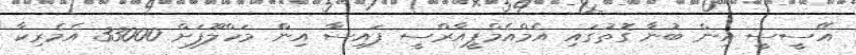
އޭސީސީ އިން ބުނާ ގޮތުގައި އެމްއެމްޕީއާރްސީ ފައިސާ އިން މަހްލޫފަށް 33000 އެމެރިކާ